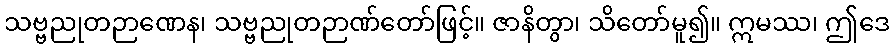
သဗ္ဗညုတဉာဏေန၊ သဗ္ဗညုတဉာဏ်တော်ဖြင့်။ ဇာနိတွာ၊ သိတော်မူ၍။ ဣမဿ၊ ဤဒေ